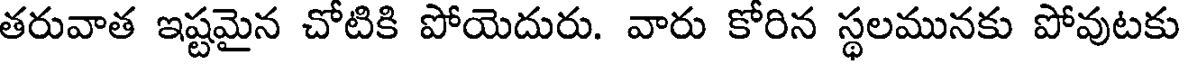
తరువాత ఇష్టమైన చోటికి పోయెదురు. వారు కోరిన స్థలమునకు పోవుటకు